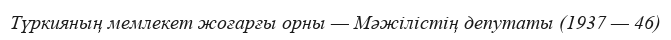
Түркияның мемлекет жоғарғы орны — Мәжілістің депутаты (1937 — 46)